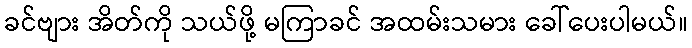
ခင်ဗျား အိတ်ကို သယ်ဖို့ မကြာခင် အထမ်းသမား ခေါ်ပေးပါမယ်။